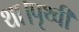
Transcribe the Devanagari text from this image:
था।पृथ्वी